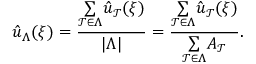
\hat { u } _ { \Lambda } ( \boldsymbol { \xi } ) = \frac { \underset { \mathcal { T } \in \Lambda } { \sum } \hat { u } _ { \mathcal { T } } ( \boldsymbol { \xi } ) } { | \Lambda | } = \frac { \underset { \mathcal { T } \in \Lambda } { \sum } \hat { u } _ { \mathcal { T } } ( \boldsymbol { \xi } ) } { \underset { \mathcal { T } \in \Lambda } { \sum } A _ { \mathcal { T } } } .